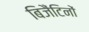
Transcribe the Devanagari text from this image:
बिजैंटिनों